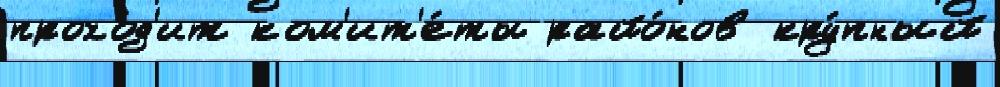
прохо́д'ит ком'ит'е́ты райо́нов кру́пный